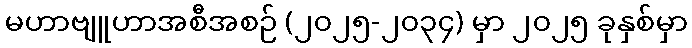
မဟာဗျူဟာအစီအစဉ် (၂၀၂၅-၂၀၃၄) မှာ ၂၀၂၅ ခုနှစ်မှာ